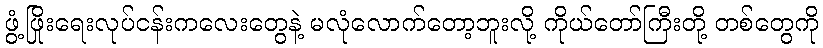
ဖွံ့ဖြိုးရေးလုပ်ငန်းကလေးတွေနဲ့ မလုံလောက်တော့ဘူးလို့ ကိုယ်တော်ကြီးတို့ တစ်တွေကို